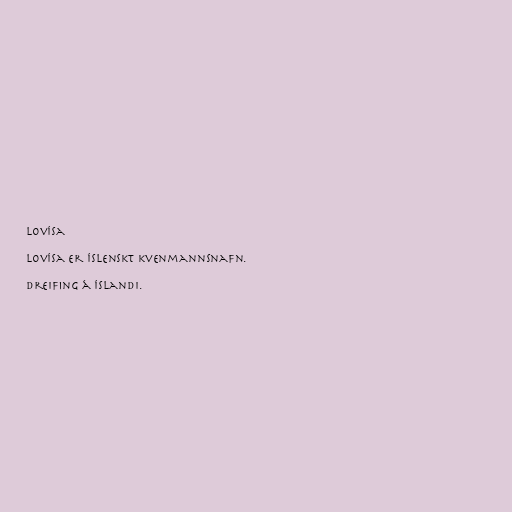
Lovísa

Lovísa er íslenskt kvenmannsnafn.

Dreifing á Íslandi.